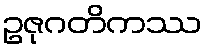
ဥဇုဂတိကဿ